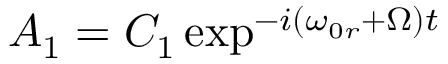
A _ { 1 } = C _ { 1 } \exp ^ { - i ( \omega _ { 0 r } + \Omega ) t }